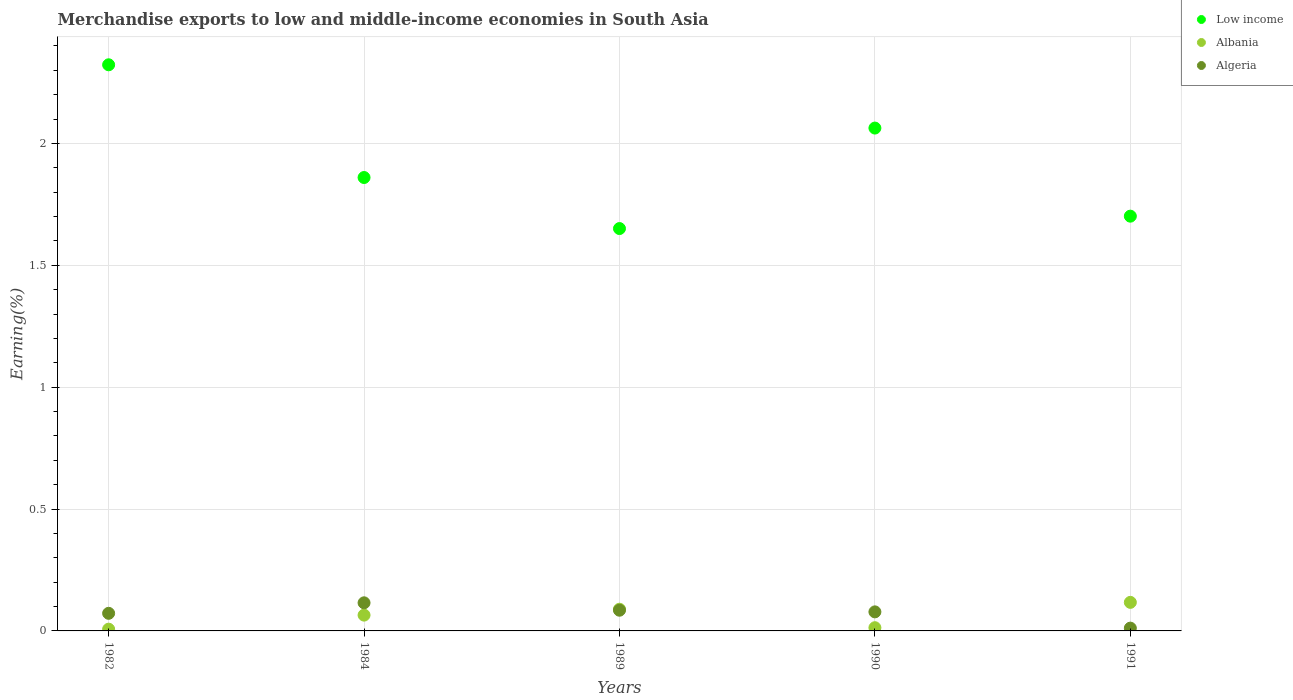
| Years | Low income | Albania | Algeria |
 | --- | --- | --- | --- |
 | 1982 | 2.32 | 0.00717 | 0.0722 |
 | 1984 | 1.86 | 0.0648 | 0.115 |
 | 1989 | 1.65 | 0.089 | 0.0849 |
 | 1990 | 2.06 | 0.0132 | 0.0782 |
 | 1991 | 1.7 | 0.117 | 0.0114 |